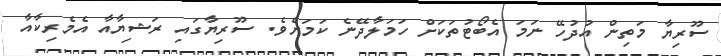
ސޫރިޔާ މަތިން އުދުހޭ ނަމަ އެބޯޓުތަކަށް ހަމަލާދޭނެ ކަމަށެވެ. ސޫރިޔާގައި ރަޝިޔާއާ އެމެރިކާއާ